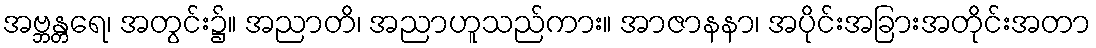
အဗ္ဘန္တရေ၊ အတွင်း၌။ အညာတိ၊ အညာဟူသည်ကား။ အာဇာနနာ၊ အပိုင်းအခြားအတိုင်းအတာ